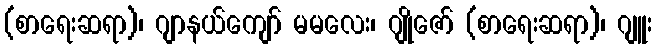
(စာရေးဆရာ)၊ ဂျာနယ်ကျော် မမလေး၊ ဂျိုဇော် (စာရေးဆရာ)၊ ဂျူး